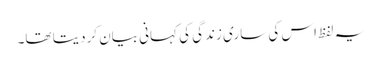
یہ لفظ اس کی ساری زندگی کی کہانی بیان کردیتا تھا۔